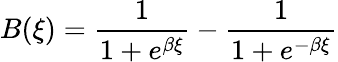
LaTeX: B(\xi)=\frac{1}{1+e^{\beta\xi}}-\frac{1}{1+e^{-\beta\xi}}